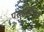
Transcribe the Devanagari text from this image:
परफ़ॉर्मैन्स